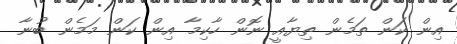
އިން ކަން ތަމެން ތިޔާއީ ނޮން ހާކިމާ އިން ކަން މަމެން ބުނާ